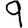
Digit: 9